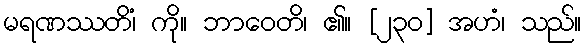
မရဏဿတိံ၊ ကို။ ဘာဝေတိ၊ ၏။ [၂၃၀] အဟံ၊ သည်။